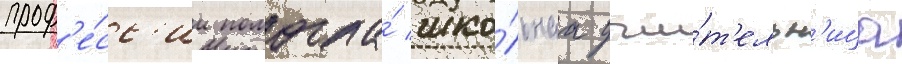
проф'е́сс'ии помогла́ шко́льнаа учи́т'ельн'ица